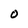
Character: O